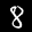
Digit: 8